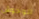
الوحوش